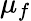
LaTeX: \mu_{f}